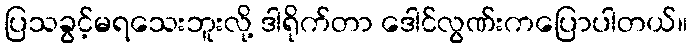
ပြသခွင့်မရသေးဘူးလို့ ဒါရိုက်တာ ဒေါင်လွဏ်းကပြောပါတယ်။